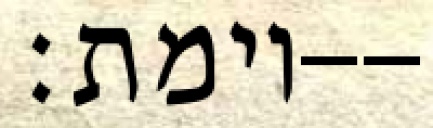
וימת׃--